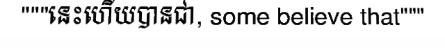
"""នេះហើយបានជា, some believe that"""